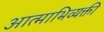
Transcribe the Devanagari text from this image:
आत्माभिव्यक्ती